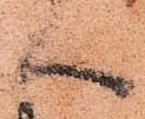
へ